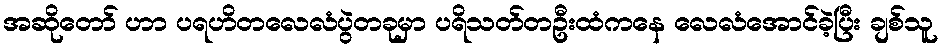
အဆိုတော် ဟာ ပရဟိတလေလံပွဲတခုမှာ ပရိသတ်တဦးထံကနေ လေလံအောင်ခဲ့ပြီး ချစ်သူ